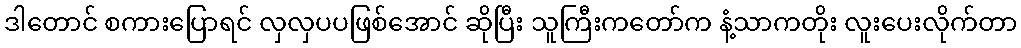
ဒါတောင် စကားပြောရင် လှလှပပဖြစ်အောင် ဆိုပြီး သူကြီးကတော်က နံ့သာကတိုး လူးပေးလိုက်တာ